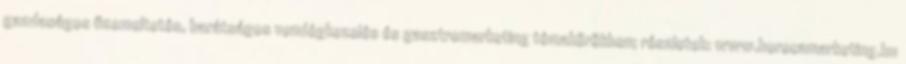
gazdaságos üzemeltetés, barátságos vendégkezelés és gasztromarketing témakörökben; részletek: www.horecamarketing.hu